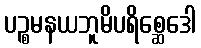
ပဉ္စမနယဘူမိပရိစ္ဆေဒေါ